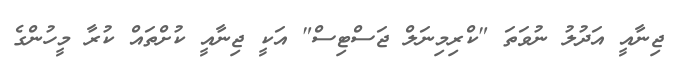
ޖިނާއީ އަދުލު ނުވަތަ "ކްރިމިނަލް ޖަސްޓިސް" އަކީ ޖިނާއީ ކުށްތައް ކުރާ މީހުންގެ